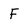
Character: F